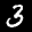
Label: 3